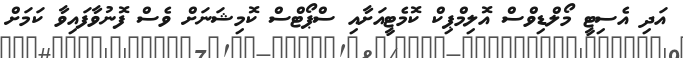
އަދި އެސިޓީ މޯލްޑިވްސް އޮލިމްޕިކް ކޮމެޓީއަށާއި ސްޕޯޓްސް ކޮމިޝަނަށް ވެސް ފޮނުވާފައިވާ ކަމަށް